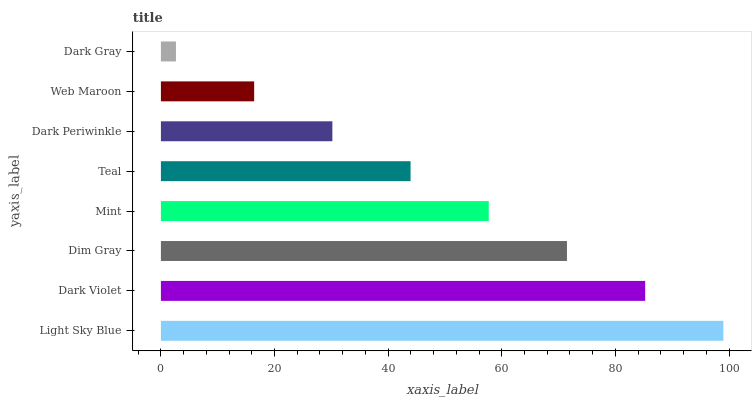
| yaxis_label | bars |
 | --- | --- |
 | Light Sky Blue | 99 |
 | Dark Violet | 85.2 |
 | Dim Gray | 71.5 |
 | Mint | 57.7 |
 | Teal | 43.9 |
 | Dark Periwinkle | 30.2 |
 | Web Maroon | 16.4 |
 | Dark Gray | 2.65 |